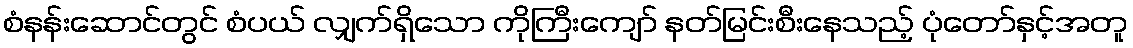
စံနန်းဆောင်တွင် စံပယ် လျှက်ရှိသော ကိုကြီးကျော် နတ်မြင်းစီးနေသည့် ပုံတော်နှင့်အတူ